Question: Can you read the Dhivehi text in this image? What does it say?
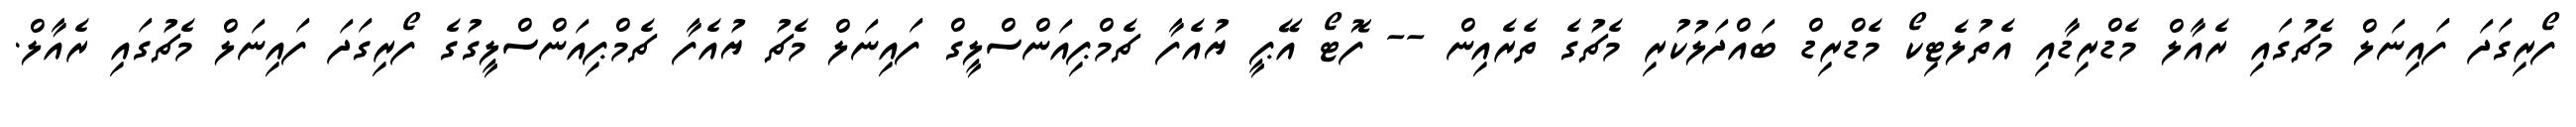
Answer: ފޯރިގަދަ ފައިނަލް މެޗުގައި ރެއާލް މެޑްރިޑާއި އެތުލެޓިކޯ މެޑްރިޑް ބައްދަލުކުރި މެޗުގެ ތެރެއިން -- ފޮޓޯ އޭޕީ ޔުއެފާ ޗެމްޕިއަންސްލީގް ފައިނަލް މެޗު ޔުއެފާ ޗެމްޕިއަންސްލީގުގެ ފޯރިގަދަ ފައިނަލް މެޗުގައި ރެއާލް.